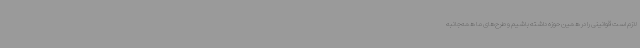
لازم است قوانینی را در همین حوزه داشته باشیم و طرح‌های ما همه‌جانبه